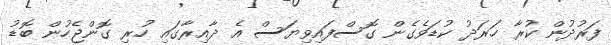
ފަރުދުން ކުރާ ހަރަދު ކުޑަވެގެން ގޮސްފައިވިޔަސް އެ ދާއިރާގައި ހުރި ގޮންޖެހުން ބޮޑު